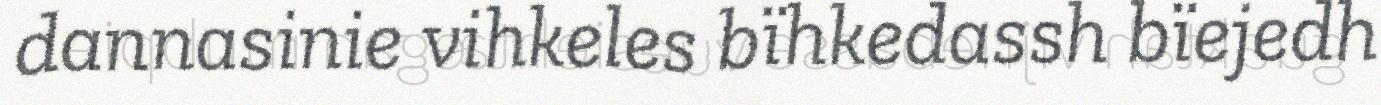
dannasinie vihkeles bïhkedassh bïejedh